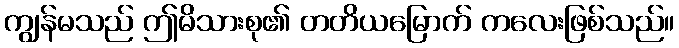
ကျွန်မသည် ဤမိသားစု၏ တတိယမြောက် ကလေးဖြစ်သည်။